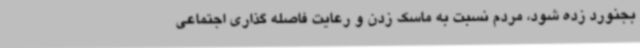
بجنورد زده شود، مردم نسبت به ماسک زدن و رعایت فاصله گذاری اجتماعی